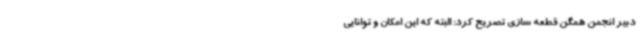
دبیر انجمن همگن قطعه سازی تصریح کرد: البته که این امکان و توانایی